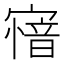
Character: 𡪟